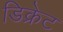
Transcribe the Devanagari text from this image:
डिक्रेट